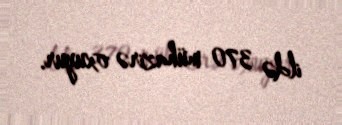
ildə 370 mühazirə oxuyur.